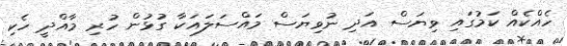
ހެއްކެއް ކަމުގައި ވިޔަސް އަދި ނުވިޔަސް މައްސަލައަކާ ގުޅުން ހުރި މާއްދީ ހެކި